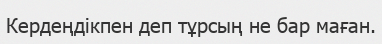
Кердеңдікпен деп тұрсың не бар маған.